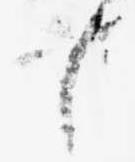
と